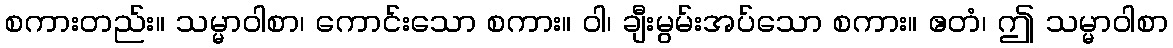
စကားတည်း။ သမ္မာဝါစာ၊ ကောင်းသော စကား။ ဝါ၊ ချီးမွမ်းအပ်သော စကား။ ဧတံ၊ ဤ သမ္မာဝါစာ